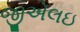
જીએલઇ